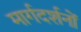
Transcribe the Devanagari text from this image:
मार्गदर्शनों